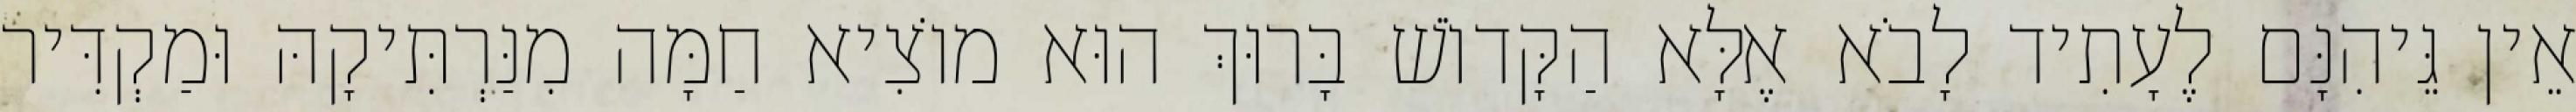
אֵין גֵּיהִנָּם לֶעָתִיד לָבֹא אֶלָּא הַקָּדוֹשׁ בָּרוּךְ הוּא מוֹצִיא חַמָּה מִנַּרְתִּיקָהּ וּמַקְדִּיר